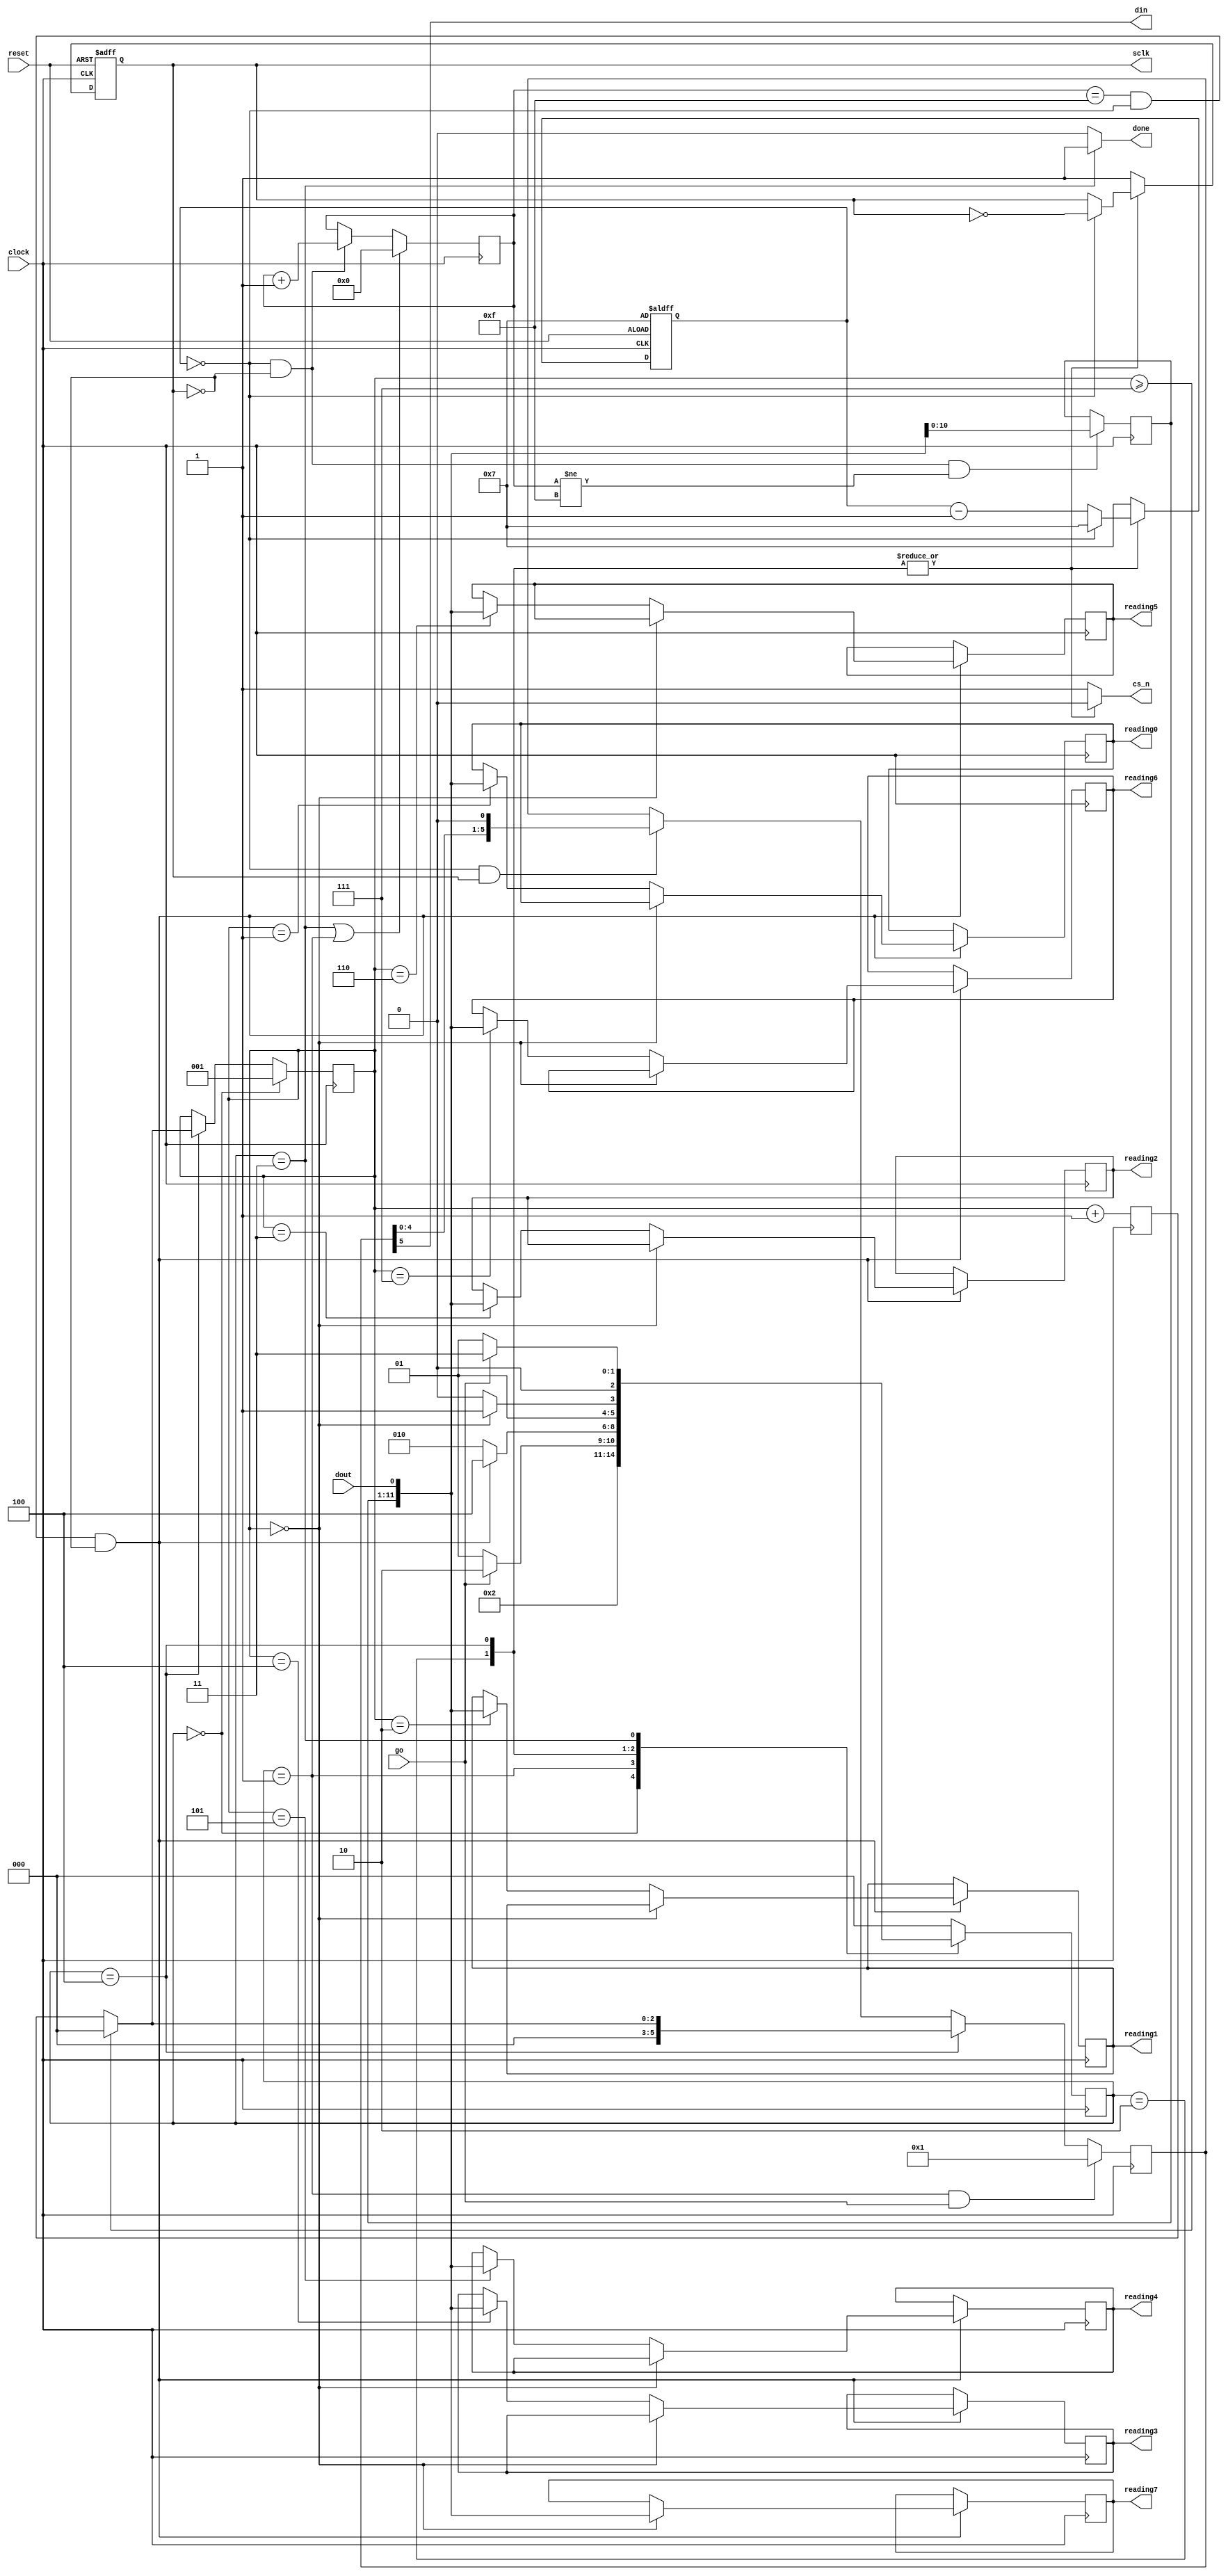
// (C) 2001-2017 Intel Corporation. All rights reserved.
// Your use of Intel Corporation's design tools, logic functions and other 
// software and tools, and its AMPP partner logic functions, and any output 
// files any of the foregoing (including device programming or simulation 
// files), and any associated documentation or information are expressly subject 
// to the terms and conditions of the Intel Program License Subscription 
// Agreement, Intel MegaCore Function License Agreement, or other applicable 
// license agreement, including, without limitation, that your use is for the 
// sole purpose of programming logic devices manufactured by Intel and sold by 
// Intel or its authorized distributors.  Please refer to the applicable 
// agreement for further details.


// THIS FILE IS PROVIDED "AS IS", WITHOUT WARRANTY OF ANY KIND, EXPRESS OR
// IMPLIED, INCLUDING BUT NOT LIMITED TO THE WARRANTIES OF MERCHANTABILITY,
// FITNESS FOR A PARTICULAR PURPOSE AND NONINFRINGEMENT. IN NO EVENT SHALL
// THE AUTHORS OR COPYRIGHT HOLDERS BE LIABLE FOR ANY CLAIM, DAMAGES OR OTHER
// LIABILITY, WHETHER IN AN ACTION OF CONTRACT, TORT OR OTHERWISE, ARISING
// FROM, OUT OF OR IN CONNECTION WITH THIS FILE OR THE USE OR OTHER DEALINGS
// IN THIS FILE.

 //  - - - - - - - - - -ADC- - - - - - - - - - - - - - -
module altera_up_avalon_de0_nano_adv_adc (clock, reset, go, sclk, cs_n, din, dout, done, reading0, reading1, 
						reading2, reading3, reading4, reading5, reading6, reading7);
input go, dout, clock, reset;

output reg done;
output reg sclk, din, cs_n;
output reg [11:0] reading0, reading1, reading2, reading3, reading4, reading5, reading6, reading7;

parameter T_SCLK = 8'd16;
parameter NUM_CH = 4'd8;

//FSM state values
parameter resetState = 3'd0, waitState=3'd1, transState=3'd2, doneState=3'd3, pauseState=3'd4;

reg [2:0] currState, nextState;
reg [10:0] shift_reg;
reg [5:0] addr_shift_reg;
reg [7:0] counter;
reg [3:0] sclk_counter;
reg [2:0] address, next_addr;

always @(posedge clock)
	currState <=nextState;
	
// - - - - -NextState Selection Logic - - - - - - - -
	always @(*)
	begin
		din = addr_shift_reg[5];
		if (reset)
			nextState=resetState;
		case (currState)
			resetState:begin
				cs_n=1;
				done=0;
				nextState=waitState;
			end
			waitState:begin
				cs_n=1;
				done=0;
				if (go)
					nextState=transState;
				else
					nextState=waitState;
			end
			transState:begin
				cs_n=0;
				done=0;
				if (sclk_counter==4'd15&& counter==0 && !sclk)
					nextState=pauseState;
				else
					nextState=transState;
			end
			pauseState:begin
				cs_n=0;
				done=0;
				if(address==3'd0)
					nextState=doneState;
				else
					nextState=transState;
			end
			doneState:begin
				cs_n=1;
				done=1;
				if (go)
					nextState=doneState;
				else
					nextState=waitState;
			end
			default:begin
				cs_n=1;
				done=0;
				nextState = resetState;
			end
		endcase
	end
// - - - - - - - - - counter logic - - - - - - - - - - 
	always @(posedge clock or posedge reset)
	if (reset)
		counter <= T_SCLK[7:1]+(T_SCLK[0]&&sclk)-8'd1;
	else if (cs_n)
		counter <= T_SCLK[7:1]+(T_SCLK[0]&&sclk)-8'd1;
	else if (counter == 0)
		counter <= T_SCLK[7:1]+(T_SCLK[0]&&sclk)-8'd1;
	else
		counter <= counter - 8'b1;
// - - - - - - - - ADC_SCLK generation - - - - - - - - - 
	always @(posedge clock or posedge reset)
	if (reset)
		sclk <= 1;
	else if (cs_n)
		sclk <= 1;
	else if (counter == 0)
		sclk <= ~sclk;
// - - - - - - - - - - - sclk_counter logic - - - - - - - -
	always @ (posedge clock)
		if (currState == doneState || currState == waitState)
			sclk_counter <=4'b0;
		else if (counter == 0 && !sclk)
			sclk_counter <= sclk_counter + 4'b1;
// - - - - - - - - - - readings logic - - - - - - - - - -
	always @(posedge clock)
		if (sclk_counter == 4'd15 && counter == 0 && !sclk)
			if (address == 0)
				case (NUM_CH)
					4'd2: reading1 <= {shift_reg[10:0],dout};
					4'd3: reading2 <= {shift_reg[10:0],dout};
					4'd4: reading3 <= {shift_reg[10:0],dout};
					4'd5: reading4 <= {shift_reg[10:0],dout};
					4'd6: reading5 <= {shift_reg[10:0],dout};
					4'd7: reading6 <= {shift_reg[10:0],dout};
					4'd8: reading7 <= {shift_reg[10:0],dout};
				endcase
			else 
				case (address)
					3'd1: reading0 <= {shift_reg[10:0],dout};
					3'd2: reading1 <= {shift_reg[10:0],dout};
					3'd3: reading2 <= {shift_reg[10:0],dout};
					3'd4: reading3 <= {shift_reg[10:0],dout};
					3'd5: reading4 <= {shift_reg[10:0],dout};
					3'd6: reading5 <= {shift_reg[10:0],dout};
					3'd7: reading6 <= {shift_reg[10:0],dout};
				endcase
// - - - - - - - - - address logic - - - - - - - - -
	always @(posedge clock)
		if (currState == resetState)
			address <= 3'd1;
		else if (currState == pauseState)
			if (address >= (NUM_CH-1))
				address <= 3'd0;
			else
				address <= next_addr;
// - - - - - - - - - - shift_reg logic - - - - - - - - - - - - 
	always @(posedge clock)
		if (counter==0 && !sclk && sclk_counter != 4'd15)
			shift_reg [10:0] <= {shift_reg [9:0], dout};
// - - - - - - - - - - addr_shift_reg logic - - - - - - - - -
	always @(posedge clock)
		if (currState == waitState && go)
			addr_shift_reg <= 6'b000001;
		else if (currState == pauseState)
			if (address >= (NUM_CH-1))
				addr_shift_reg <= 6'b0;
			else
				addr_shift_reg <= {3'b0, next_addr};
		else if (counter==0 && sclk)
			addr_shift_reg <={addr_shift_reg[4:0],1'b0};
// - - - - - - - - - - next_addr logic - - - - - - - - - - - -
	always @(posedge clock)
		next_addr <= address + 3'b1;
endmodule